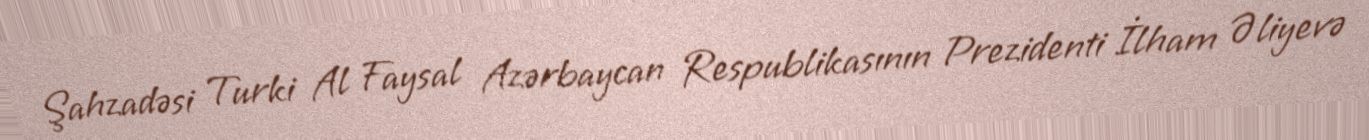
Şahzadəsi Turki Al Faysal Azərbaycan Respublikasının Prezidenti İlham Əliyevə